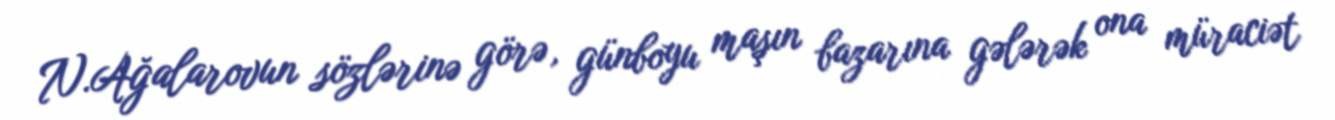
N.Ağalarovun sözlərinə görə, günboyu maşın bazarına gələrək ona müraciət